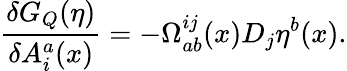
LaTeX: \frac{\delta G_{Q}(\eta)}{\delta A_{i}^{a}(x)}=-\Omega_{ab}^{ij}(x)D_{j}\eta^{b}(x).